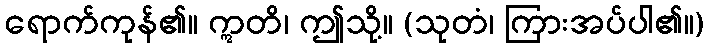
ရောက်ကုန်၏။ ဣတိ၊ ဤသို့။ (သုတံ၊ ကြားအပ်ပါ၏။)